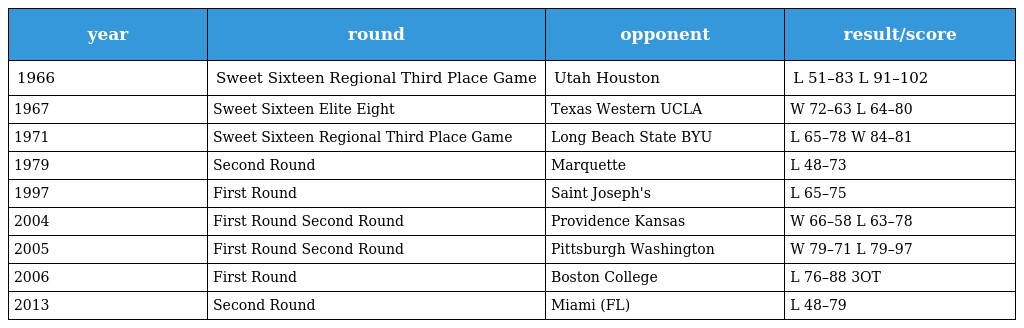
| year | round | opponent | result/score |
 | --- | --- | --- | --- |
 | 1966 | Sweet Sixteen Regional Third Place Game | Utah Houston | L 51–83 L 91–102 |
 | 1967 | Sweet Sixteen Elite Eight | Texas Western UCLA | W 72–63 L 64–80 |
 | 1971 | Sweet Sixteen Regional Third Place Game | Long Beach State BYU | L 65–78 W 84–81 |
 | 1979 | Second Round | Marquette | L 48–73 |
 | 1997 | First Round | Saint Joseph's | L 65–75 |
 | 2004 | First Round Second Round | Providence Kansas | W 66–58 L 63–78 |
 | 2005 | First Round Second Round | Pittsburgh Washington | W 79–71 L 79–97 |
 | 2006 | First Round | Boston College | L 76–88 3OT |
 | 2013 | Second Round | Miami (FL) | L 48–79 |